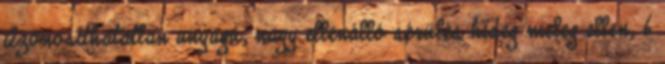
Azonosíthatatlan anyagú, nagy ellenálló sérülés hideg meleg ellen; 6